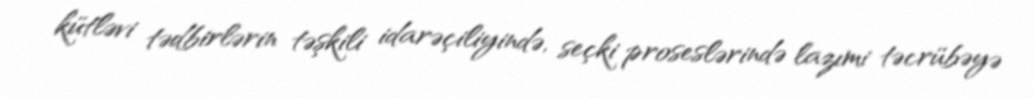
kütləvi tədbirlərin təşkili idarəçiliyində, seçki proseslərində lazımi təcrübəyə